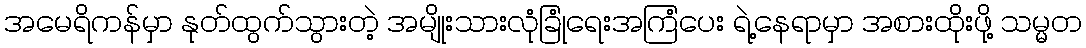
အမေရိကန်မှာ နုတ်ထွက်သွားတဲ့ အမျိုးသားလုံခြုံရေးအကြံပေး ရဲ့နေရာမှာ အစားထိုးဖို့ သမ္မတ